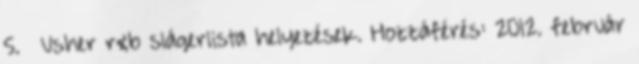
5. ↑ Usher r&b slágerlista helyezések. Hozzáférés: 2012. február